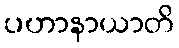
ပဟာနာယာတိ